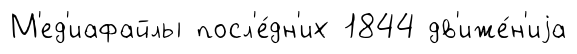
М'ед'иафайлы посл'е́дн'их 1844 дв'иже́н'иjа